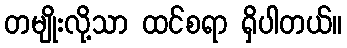
တမျိုးလို့သာ ထင်စရာ ရှိပါတယ်။